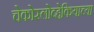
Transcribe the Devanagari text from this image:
चेकोस्लोव्हेकियाच्या